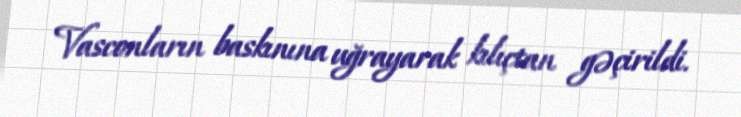
Vasconların baskınına uğrayarak kılıçtan gəçirildi.